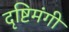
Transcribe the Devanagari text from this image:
दृष्टिमंगी